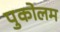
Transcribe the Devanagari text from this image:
पुकोलम